kultuurilooline_kollektsioon, lk 7
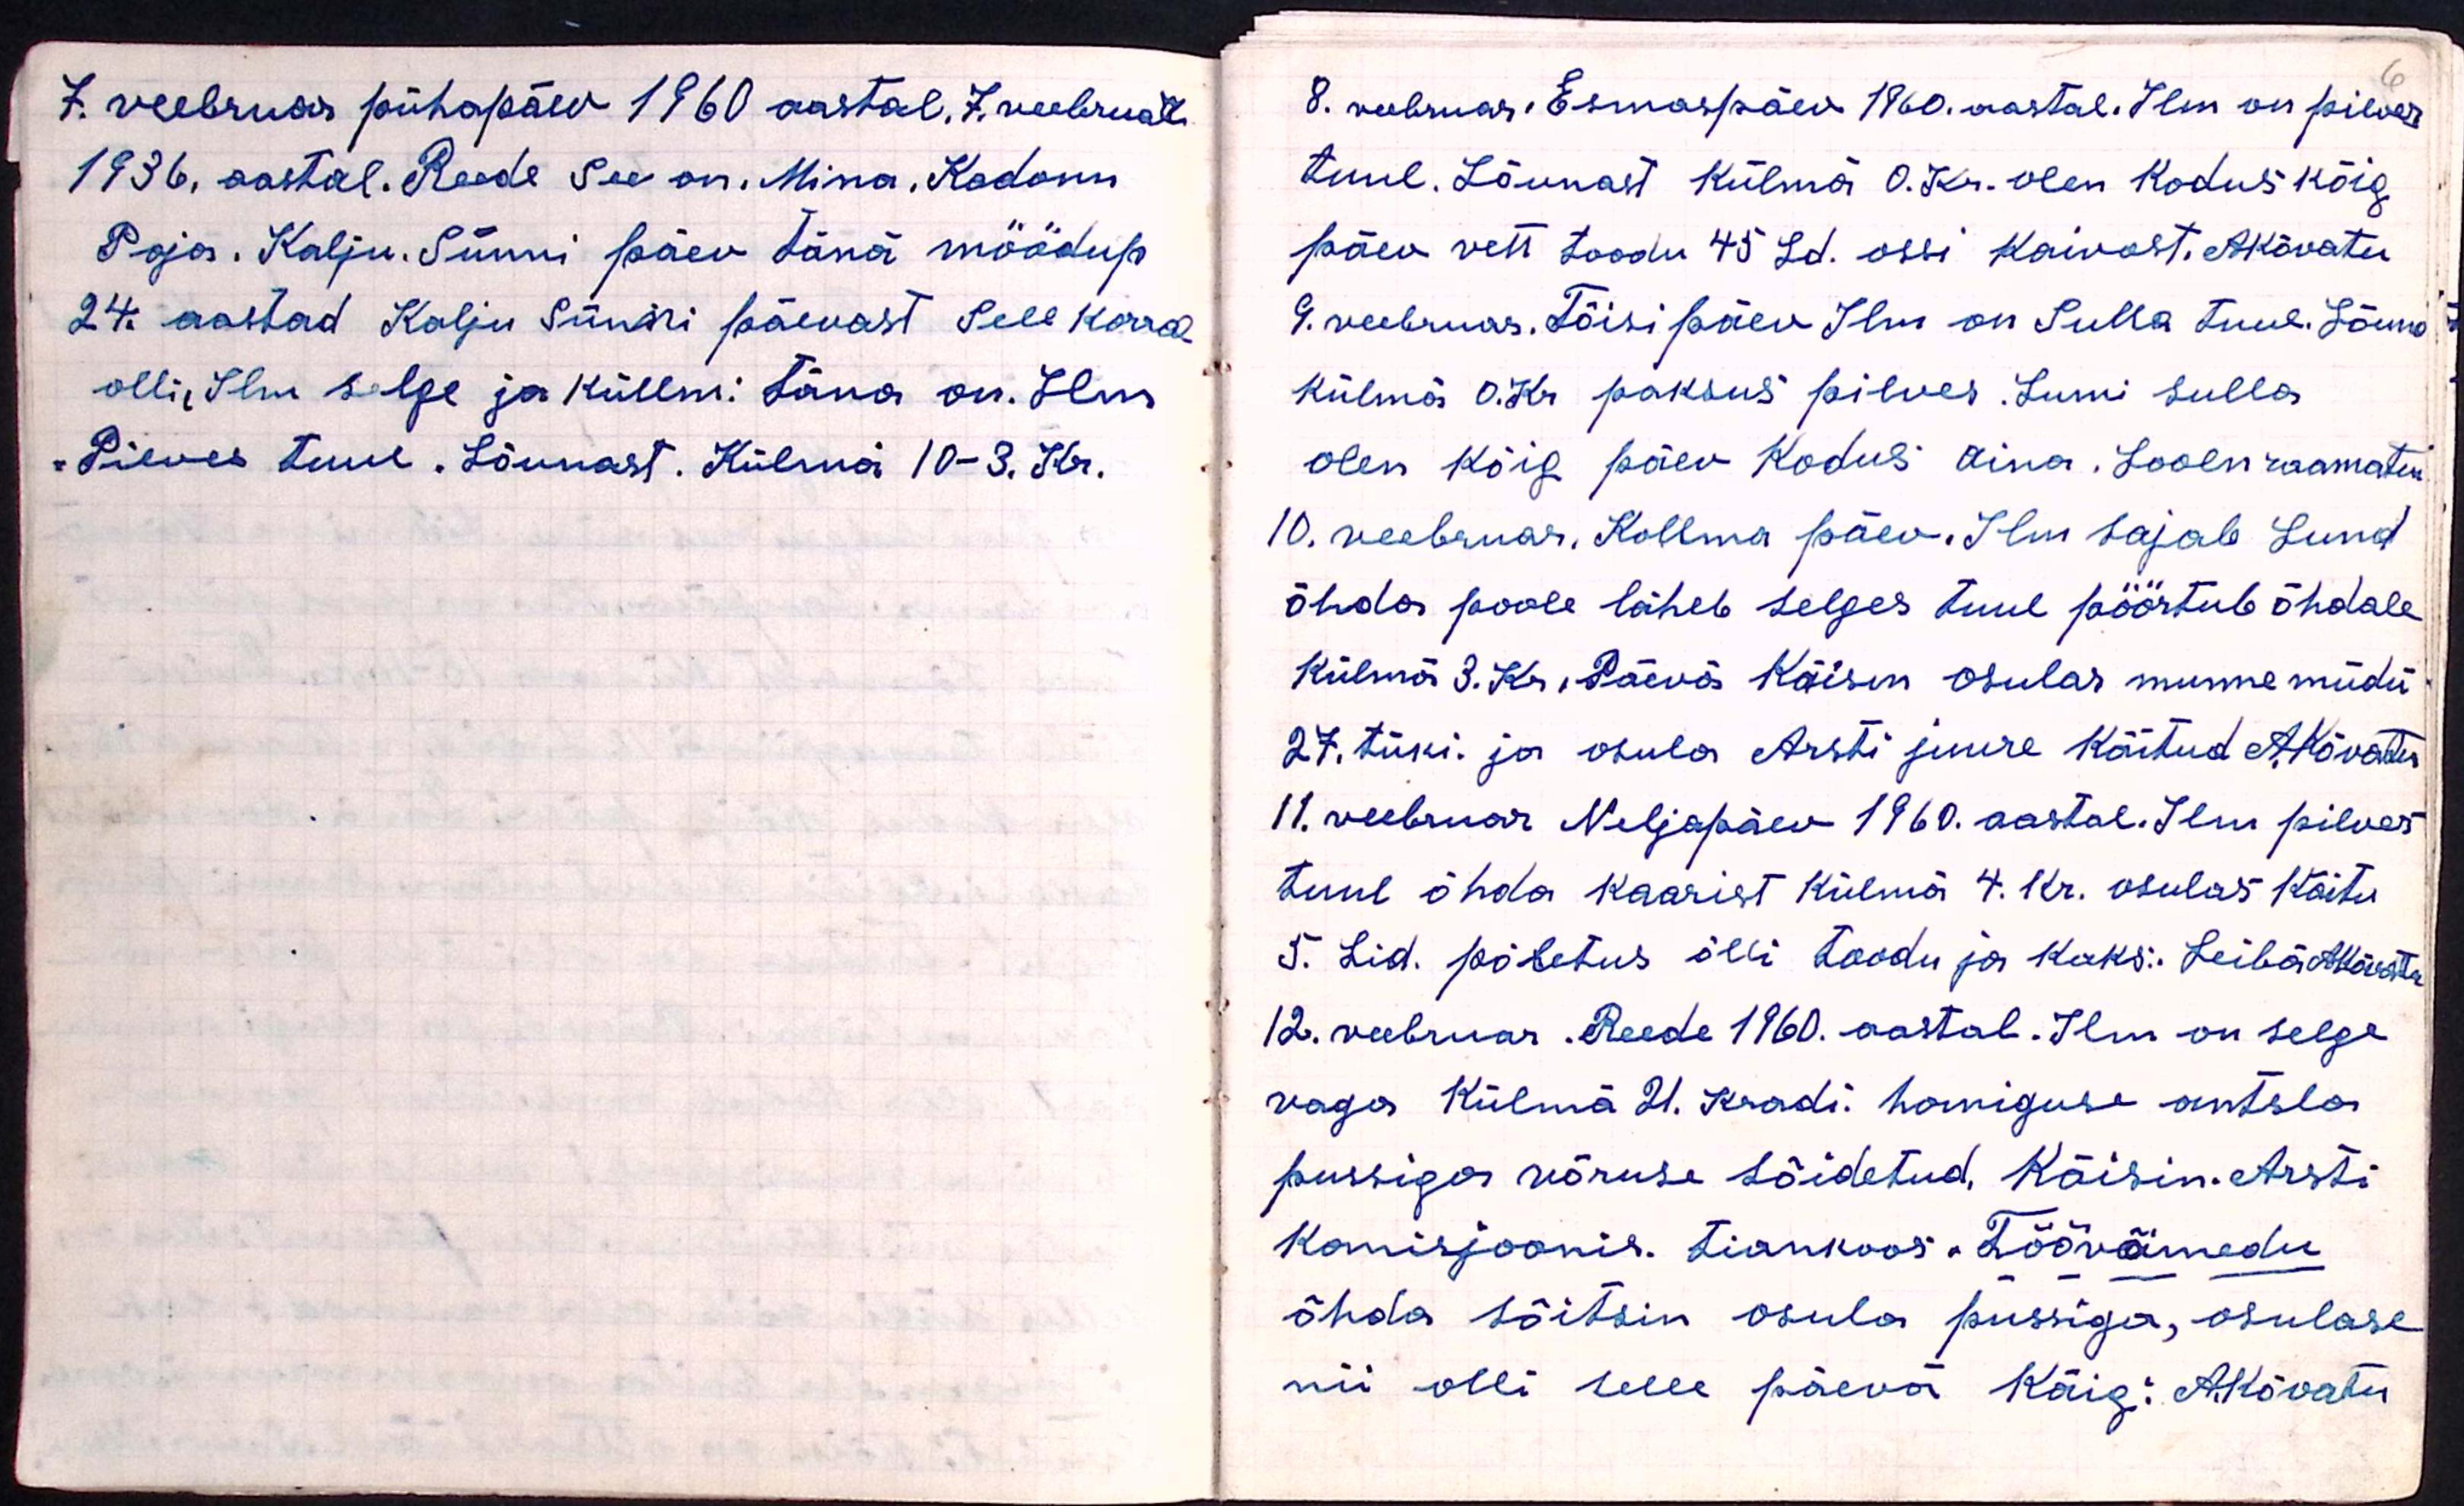
7. veebruar pühapäev 1960 aastal. 7. veebrual
1936. aastal. Reede see on. Mina, Kadonu
Poja. Kalju. Sünni päev tänä möödup
24. aastad Kalju Sünni päevast. Sell korral
olli, Ilm selge ja küllm. täna on. Ilm
Pilves tuul. Lõunast. Külmä 10-3. Kr.

6
8. veebruar. Esmaspäev 1960. aastal. Ilm on pilves
tuul. Lõunast külma 0. Kr. olen kodus kõig
päev vett toodu 45 Ld. ossi Kaivost. AKõvatu
9. veebruar. Tõisi päev Ilm on Sulla tuul. Lõuna
külmä 0. Kr paksus pilves. Lumi sulla
olen kõig päev kodus aina. Looen raamatu
10. veebruar. Kollma päev. Ilm sajab Lund
õhda poole läheb selges tuul pöörtub õhdale
Külmä 3. Kr. Päevä käisin Osulas munne müdü
27. tüki. ja osula Arsti juure käitud A. Kõvatu
11. veebruar Neljapäev 1960. aastal. Ilm pilves
tuul õhda kaarist külma 4. Kr. osulas käitu
5. Lid. põletus õlli toodu ja kaks. Leibä AKõvatu
12. veebruar. Reede 1960. aastal. Ilm on selge
vaga Külmä 21. Kradi. homiguse antsla
pussiga võruse sõidetud. Käisin Arsti
komisjoonis. tiankoos "Töövõimedu
õhda sõitsin osula pussiga, osulase
nii olli selle päeva Käig: Akõvatu